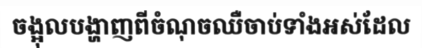
ចង្អុលបង្ហាញពីចំណុចឈឺចាប់ទាំងអស់ដែល